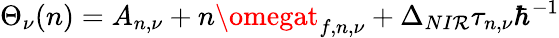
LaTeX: \Theta_{\nu}(n)=A_{n,\nu}+n\omegat_{f,n,\nu}+\Delta_{NI\mathcal{R}}\tau_{n,\nu}\hbar^{-1}